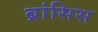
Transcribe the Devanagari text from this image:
ब्रांसिस